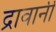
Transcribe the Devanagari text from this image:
द्रावानी